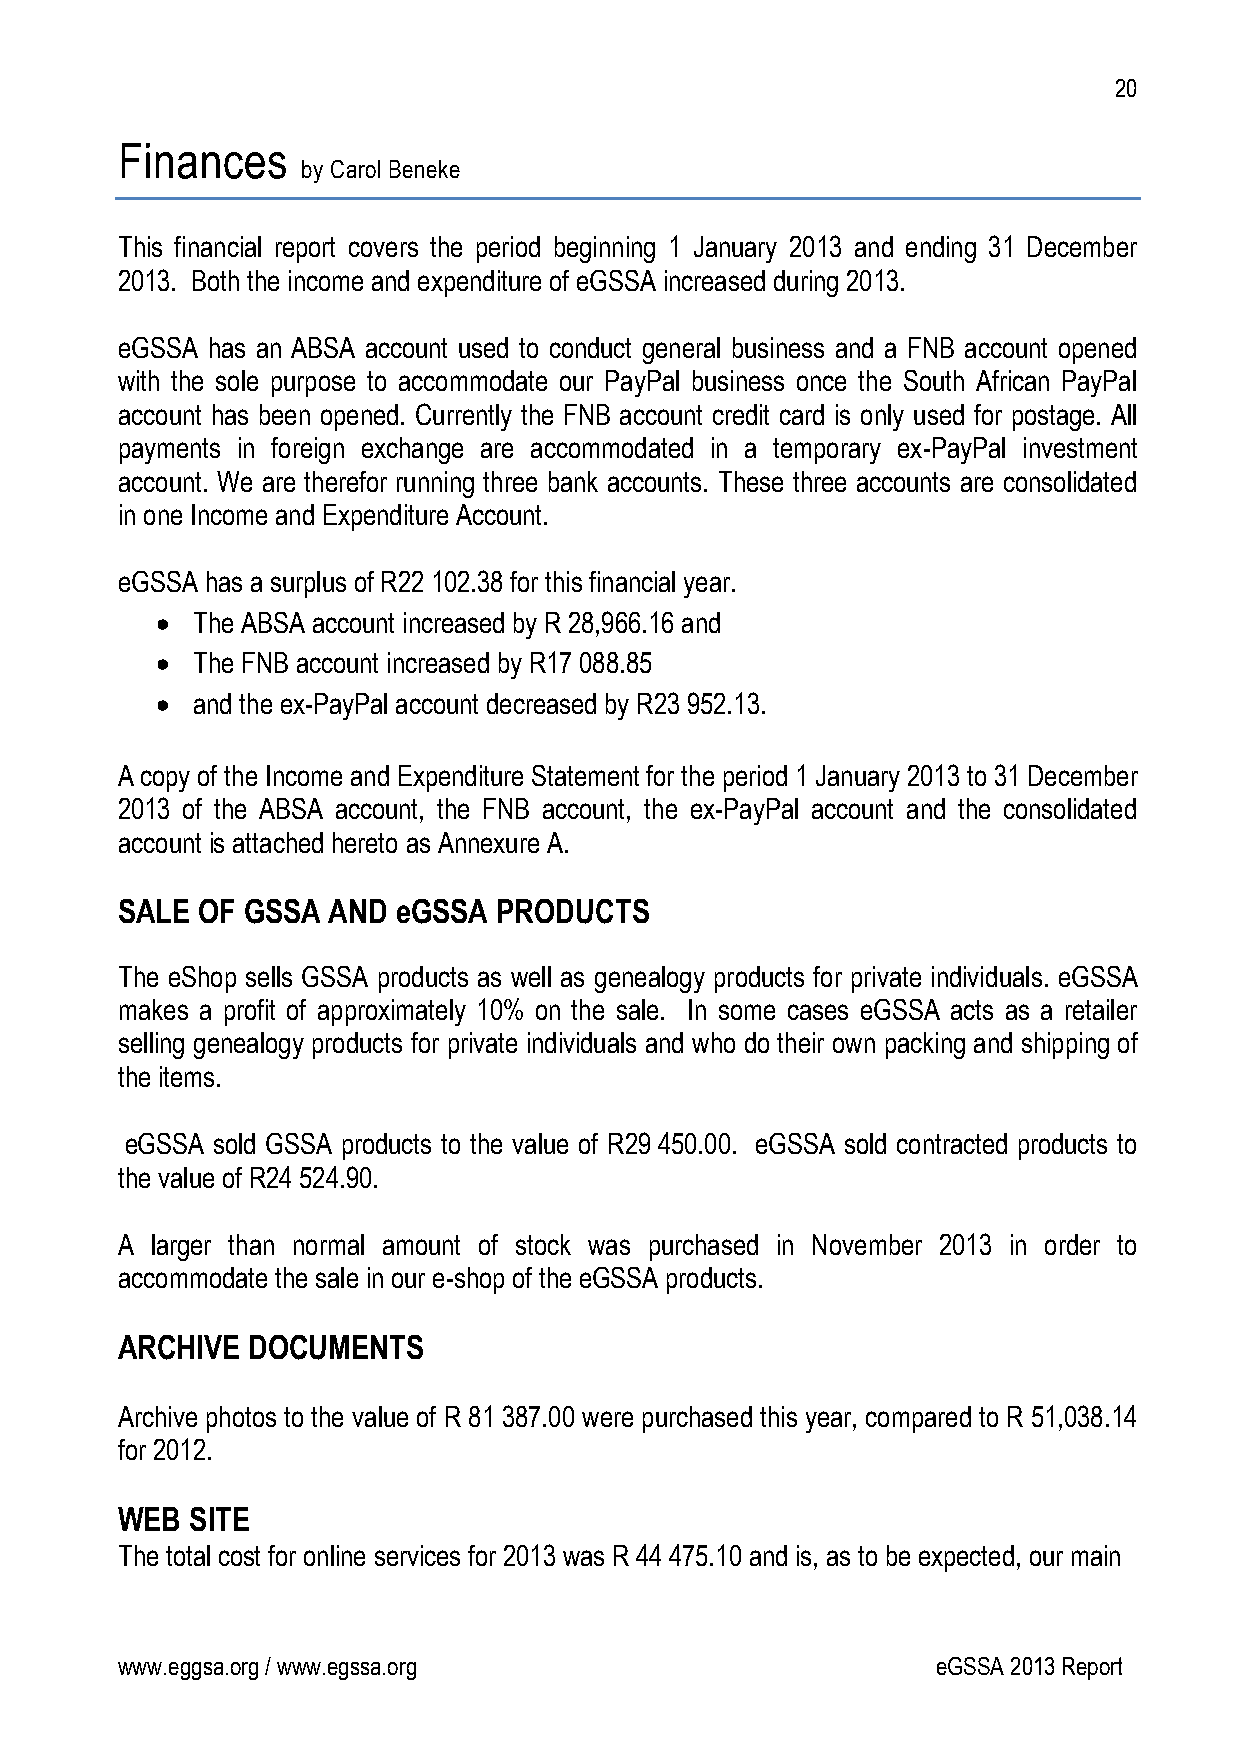
20
 Finances
 by Carol Beneke
 This financial report covers the period beginning 1 January 2013 and ending 31 December
 2013. Both the income and expenditure of eGSSA increased during 2013.
 eGSSA has an ABSA account used to conduct general business and a FNB account opened
 with the sole purpose to accommodate our PayPal business once the South African PayPal
 account has been opened. Currently the FNB account credit card is only used for postage. All
 payments in foreign exchange are accommodated in a temporary ex-PayPal investment
 account. We are therefor running three bank accounts. These three accounts are consolidated
 in one Income and Expenditure Account.
 eGSSA has a surplus of R22 102.38 for this financial year.
   The ABSA account increased by R 28,966.16 and
   The FNB account increased by R17 088.85
   and the ex-PayPal account decreased by R23 952.13.
 A copy of the Income and Expenditure Statement for the period 1 January 2013 to 31 December
 2013 of the ABSA account, the FNB account, the ex-PayPal account and the consolidated
 account is attached hereto as Annexure A.
 SALE OF GSSA  AND eGSSA  PRODUCTS
 The eShop sells GSSA products as well as genealogy products for private individuals. eGSSA
 makes a profit of approximately 10% on the sale. In some cases eGSSA acts as a retailer
 selling genealogy products for private individuals and who do their own packing and shipping of
 the items.
 eGSSA sold GSSA products to the value of R29 450.00. eGSSA sold contracted products to
 the value of R24 524.90.
 A larger than normal amount of stock was purchased in November 2013 in order to
 accommodate the sale in our e-shop of the eGSSA products.
 ARCHIVE DOCUMENTS
 Archive photos to the value of R 81 387.00 were purchased this year, compared to R 51,038.14
 for 2012.
 WEB  SITE
 The total cost for online services for 2013 was R 44 475.10 and is, as to be expected, our main
 www.eggsa.org / www.egssa.org                         eGSSA 2013 Report